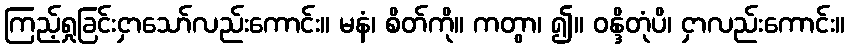
ကြည့်ရှုခြင်းငှာသော်လည်းကောင်း။ မနံ၊ စိတ်ကို။ ကတွာ၊ ၍။ ဝန္ဒိတုံပိ၊ ငှာလည်းကောင်း။